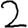
Digit: 2